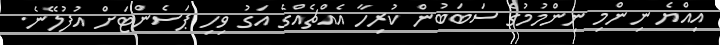
އިއްޔެ ނިންމި ނިންމުމުގެ ސަބަބުން ކުރިހާ އެއްޗެއްގެ އަގު ވިހި ޕަސެންޓަށް އުފުލޭނެ.